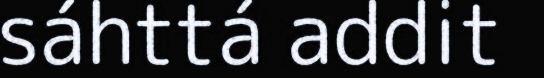
sáhttá addit